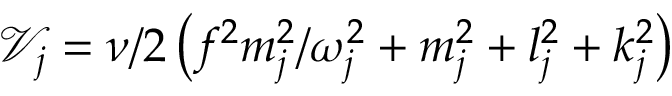
\mathcal { V } _ { j } = { \nu } / { 2 } \left( { f ^ { 2 } m _ { j } ^ { 2 } } / { \omega _ { j } ^ { 2 } } + m _ { j } ^ { 2 } + l _ { j } ^ { 2 } + k _ { j } ^ { 2 } \right)